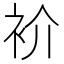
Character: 衸